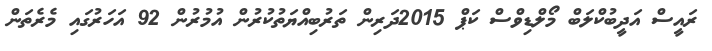
ރައީސް އަދީބުކްލަބް މޯލްޑިވްސް ކަޕް 2015ދަރިން ތަރުބިއްޔަތުކުރުން އުމުރުން 92 އަހަރުގައި މެރެތަން